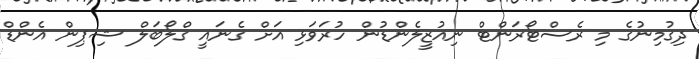
ދިގުމިނުގެ މި ރެސްޓޯރަންޓް ނިއުޒީލެންޑުން ހުރަވަޅި އަށް ގެނައީ ގްލޯބަލް ޝިޕިން އެންޑް